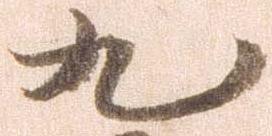
九